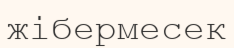
жібермесек